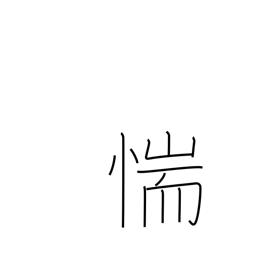
Meaning: be afraid